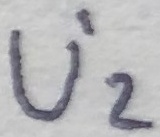
Text: U'2